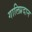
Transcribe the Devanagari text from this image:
गालिप्रदान